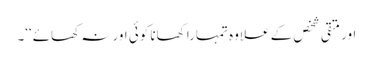
اور متقی شخص کے علاوہ تمہارا کھانا کوئی اور نہ کھائے‘‘۔